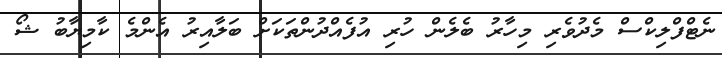
ނެޓްފްލިކްސް މެދުވެރި މިހާރު ބެލެން ހުރި އުފެއްދުންތަކަށް ބަލާއިރު އެންމެ ކާމިޔާބު ޝޯ